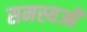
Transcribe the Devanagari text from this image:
समस्यओं